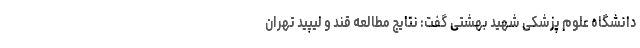
دانشگاه علوم پزشکی شهید بهشتی گفت: نتایج مطالعه قند و لیپید تهران